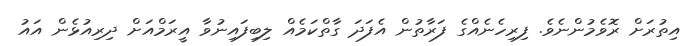
އިތުރަށް ރޮވެމުންނެވެ. ފިރިހެނެއްގެ ފަރާތުން އެފަދަ ގާތްކަމެއް ލިބިފައިނުވާ އީރަމްއަށް ދިރިއުޅެން އައު